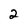
Character: 2